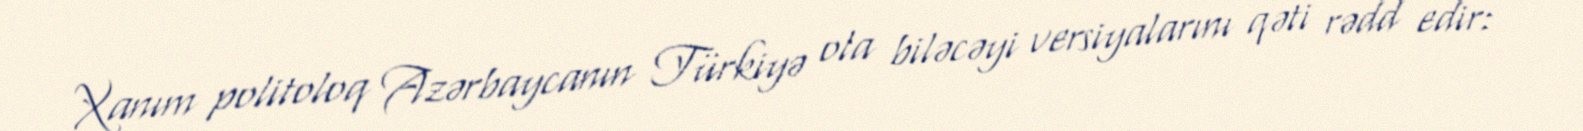
Xanım politoloq Azərbaycanın Türkiyə ola biləcəyi versiyalarını qəti rədd edir: